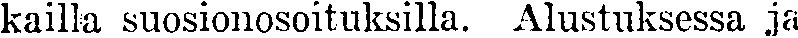
kailla suosionosoituksilla. Alustuksessa ja